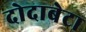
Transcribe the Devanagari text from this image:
दोदाबेटा